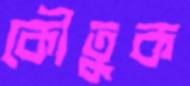
কৌতুক